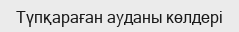
Түпқараған ауданы көлдері